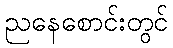
ညနေစောင်းတွင်